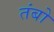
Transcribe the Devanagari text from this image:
तंबो